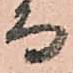
而